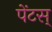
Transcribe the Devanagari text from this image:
पेंटस्